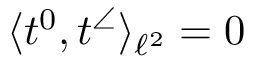
\langle t ^ { 0 } , t ^ { \angle } \rangle _ { \ell ^ { 2 } } = 0